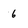
Character: 6